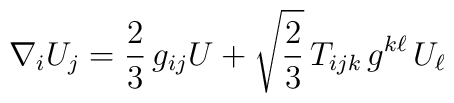
\nabla_i U_j = \frac{2}{3} \, g_{ij} U + \sqrt{\frac{2}{3}} \,  T_{ijk} \, g^{k\ell} \, U_\ell